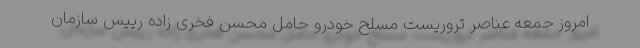
امروز جمعه عناصر تروریست مسلح خودرو حامل محسن فخری زاده رییس سازمان